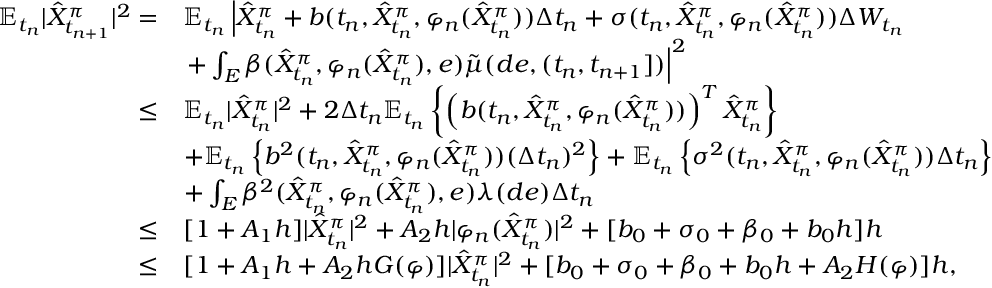
\begin{array} { r l } { \mathbb { E } _ { t _ { n } } { | \hat { X } _ { t _ { n + 1 } } ^ { \pi } | ^ { 2 } } = } & { \mathbb { E } _ { t _ { n } } \left| \hat { X } _ { t _ { n } } ^ { \pi } + b ( t _ { n } , \hat { X } _ { t _ { n } } ^ { \pi } , \varphi _ { n } ( \hat { X } _ { t _ { n } } ^ { \pi } ) ) \Delta t _ { n } + \sigma ( t _ { n } , \hat { X } _ { t _ { n } } ^ { \pi } , \varphi _ { n } ( \hat { X } _ { t _ { n } } ^ { \pi } ) ) \Delta W _ { t _ { n } } \right. } \\ & { \left. + \int _ { E } \beta ( \hat { X } _ { t _ { n } } ^ { \pi } , \varphi _ { n } ( \hat { X } _ { t _ { n } } ^ { \pi } ) , e ) \tilde { \mu } ( d e , ( t _ { n } , t _ { n + 1 } ] ) \right| ^ { 2 } } \\ { \leq } & { \mathbb { E } _ { t _ { n } } | \hat { X } _ { t _ { n } } ^ { \pi } | ^ { 2 } + 2 \Delta t _ { n } \mathbb { E } _ { t _ { n } } \left\{ \left( b ( t _ { n } , \hat { X } _ { t _ { n } } ^ { \pi } , \varphi _ { n } ( \hat { X } _ { t _ { n } } ^ { \pi } ) ) \right) ^ { T } \hat { X } _ { t _ { n } } ^ { \pi } \right\} } \\ & { + \mathbb { E } _ { t _ { n } } \left\{ b ^ { 2 } ( t _ { n } , \hat { X } _ { t _ { n } } ^ { \pi } , \varphi _ { n } ( \hat { X } _ { t _ { n } } ^ { \pi } ) ) ( \Delta t _ { n } ) ^ { 2 } \right\} + \mathbb { E } _ { t _ { n } } \left\{ \sigma ^ { 2 } ( t _ { n } , \hat { X } _ { t _ { n } } ^ { \pi } , \varphi _ { n } ( \hat { X } _ { t _ { n } } ^ { \pi } ) ) \Delta t _ { n } \right\} } \\ & { + \int _ { E } \beta ^ { 2 } ( \hat { X } _ { t _ { n } } ^ { \pi } , \varphi _ { n } ( \hat { X } _ { t _ { n } } ^ { \pi } ) , e ) \lambda ( d e ) \Delta t _ { n } } \\ { \leq } & { [ 1 + A _ { 1 } h ] | \hat { X } _ { t _ { n } } ^ { \pi } | ^ { 2 } + A _ { 2 } h | \varphi _ { n } ( \hat { X } _ { t _ { n } } ^ { \pi } ) | ^ { 2 } + [ b _ { 0 } + \sigma _ { 0 } + \beta _ { 0 } + b _ { 0 } h ] h } \\ { \leq } & { [ 1 + A _ { 1 } h + A _ { 2 } h G ( \varphi ) ] | \hat { X } _ { t _ { n } } ^ { \pi } | ^ { 2 } + [ b _ { 0 } + \sigma _ { 0 } + \beta _ { 0 } + b _ { 0 } h + A _ { 2 } H ( \varphi ) ] h , } \end{array}